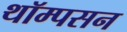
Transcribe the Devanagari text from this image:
थॉम्‍पसन